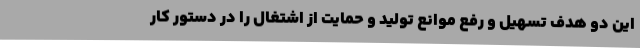
این دو هدف تسهیل و رفع موانع تولید و حمایت از اشتغال را در دستور کار